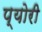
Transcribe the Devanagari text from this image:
प्योरी